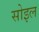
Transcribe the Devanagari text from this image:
सोइल